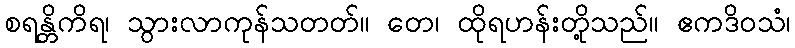
စရန္တိကိရ၊ သွားလာကုန်သတတ်။ တေ၊ ထိုရဟန်းတို့သည်။ ဧကဒိဝသံ၊